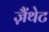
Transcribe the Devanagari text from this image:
ज़ैंथेट